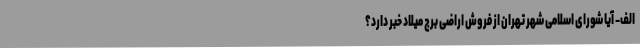
الف- آیا شورای اسلامی شهر تهران از فروش اراضی برج میلاد خبر دارد؟